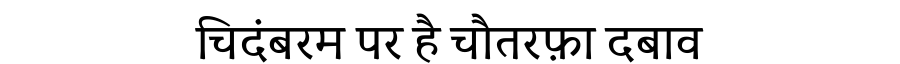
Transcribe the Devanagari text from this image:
चिदंबरम पर है चौतरफ़ा दबाव